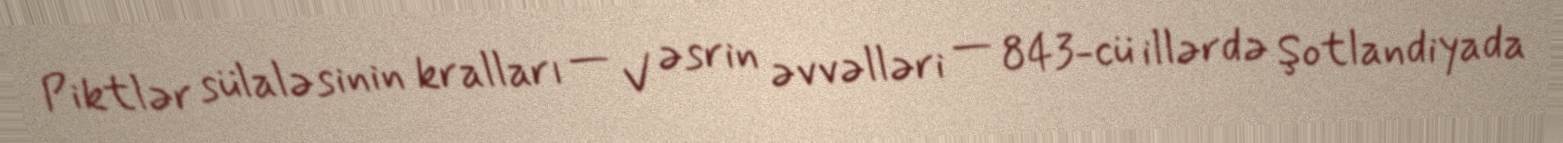
Piktlər sülaləsinin kralları — V əsrin əvvəlləri — 843-cü illərdə Şotlandiyada